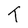
Character: T